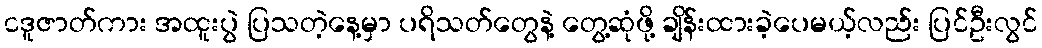
ငဒူဇာတ်ကား အထူးပွဲ ပြသတဲ့နေ့မှာ ပရိသတ်တွေနဲ့ တွေ့ဆုံဖို့ ချိန်းထားခဲ့ပေမယ့်လည်း ပြင်ဦးလွင်